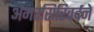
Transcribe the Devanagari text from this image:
अमरसिरिवर्दने